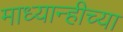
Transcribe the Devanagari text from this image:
माध्यान्हीच्या